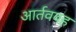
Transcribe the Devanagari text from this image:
आर्तववह